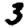
Digit: 3